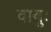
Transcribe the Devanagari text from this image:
वायुः